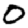
Digit: 0